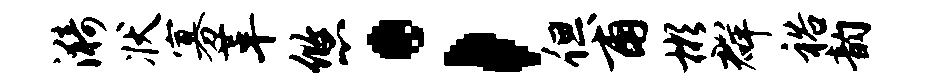
漪状寡革悠；但甫彬群裕韵